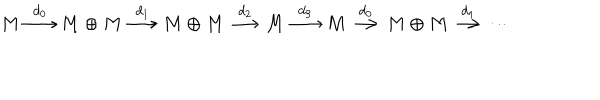
LaTeX: M \stackrel { d _ { 0 } } { \longrightarrow } M \oplus M \stackrel { d _ { 1 } } { \longrightarrow } M \oplus M \stackrel { d _ { 2 } } { \longrightarrow } M \stackrel { d _ { 3 } } { \longrightarrow } M \stackrel { d _ { 0 } } { \longrightarrow } M \oplus M \stackrel { d _ { 1 } } { \longrightarrow } \cdots